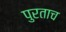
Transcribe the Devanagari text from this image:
पुरताच